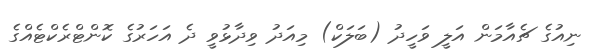
ނިއުގެ ޗެއާމަން އަލީ ވަހީދު (ބަލަކް) މިއަދު ވިދާޅުވީ ދެ އަހަރުގެ ކޮންޓްރެކްޓެއްގެ